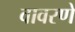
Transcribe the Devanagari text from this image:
वावरणे